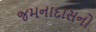
જમનાદાસનો